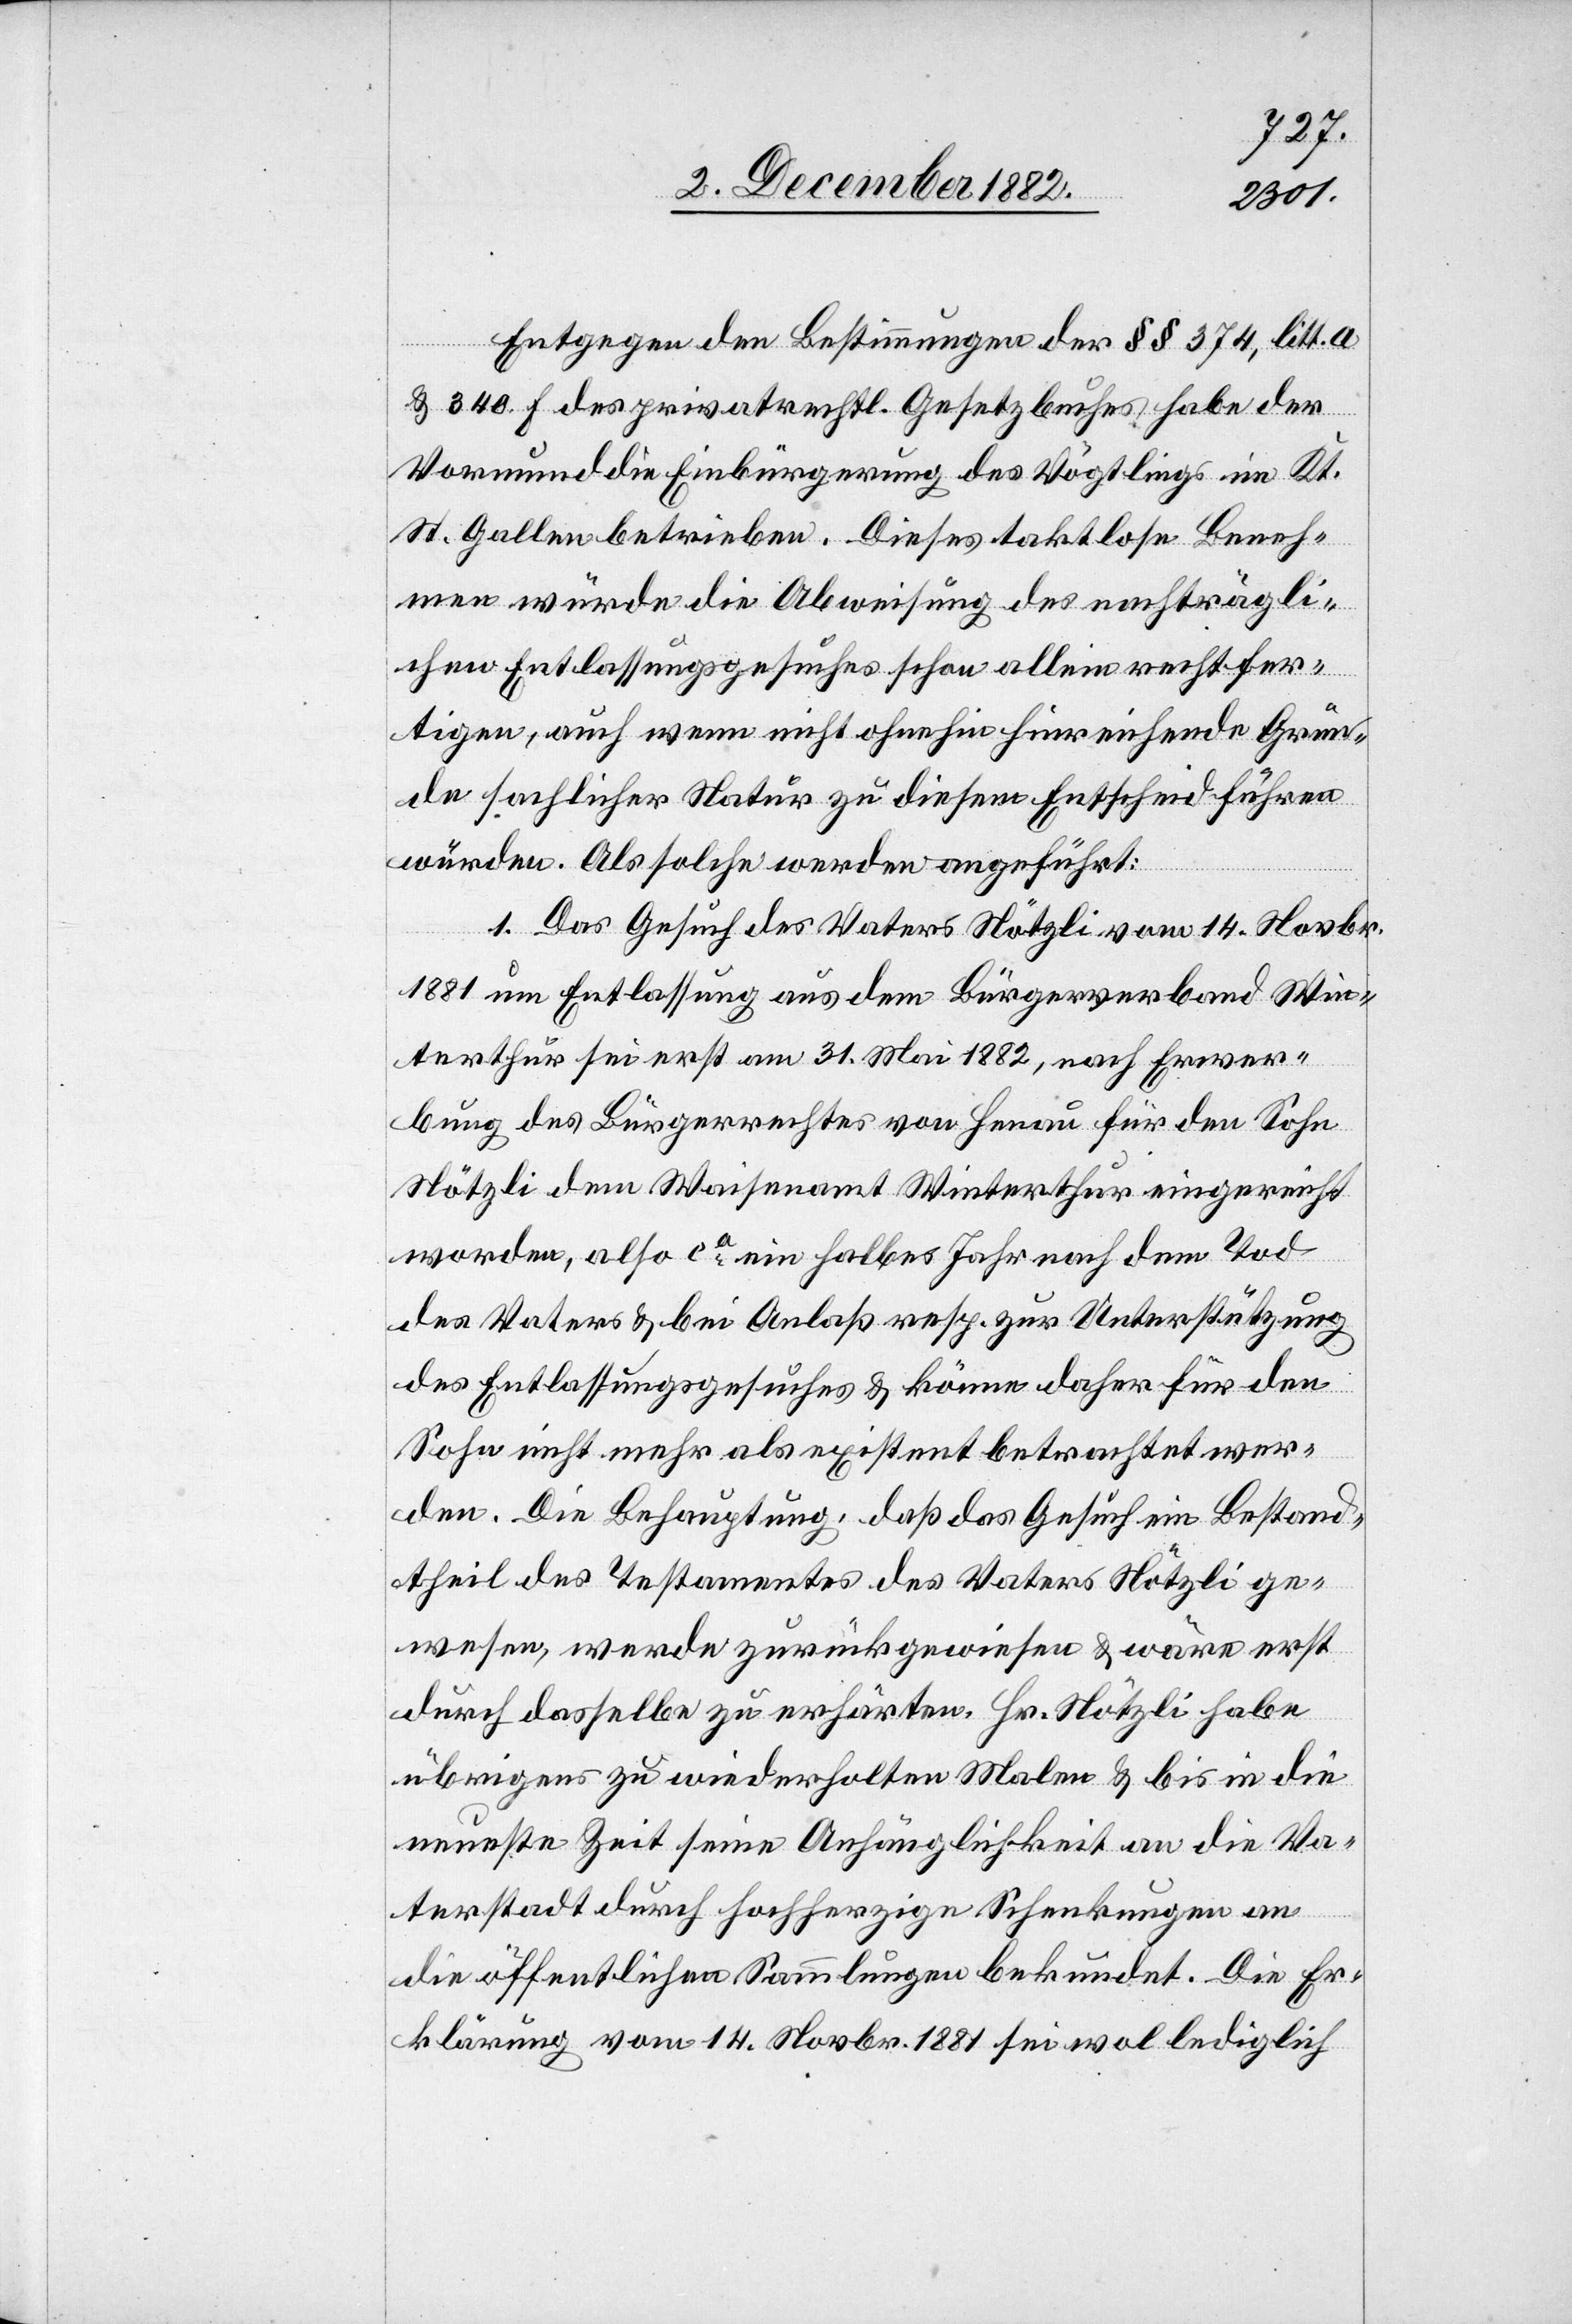
Entgegen den Bestimmungen der §§ 374, litt. a
& 340. f des privatrechtl. Gesetzbuches habe der
Vormund die Einbürgerung des Vögtlings im Kt.
St. Gallen betrieben. Dieses taktlose Beneh¬
men würde die Abweisung des nachträgli¬
chen Entlassungsgesuches schon allein rechtfer¬
tigen, auch wenn nicht ohnehin hinreichende Grün¬
de sachlicher Natur zu diesem Entscheid führen
würden. Als solche werden angeführt:
1. Das Gesuch des Vaters Nötzli vom 14. Novbr.
1881 um Entlassung aus dem Bürgerverband Win¬
terthur sei erst am 31. Mai 1882, nach Erwer¬
bung des Bürgerrechtes von Henau für den Sohn
Nötzli dem Waisenamt Winterthur eingereicht
worden, also ca ein halbes Jahr nach dem Tod
des Vaters & bei Anlaß resp. zur Unterstützung
des Entlassungsgesuches & könne daher für den
Sohn nicht mehr als existent betrachtet wer¬
den. Die Behauptung, daß das Gesuch ein Bestand¬
theil des Testamentes des Vaters Nötzli ge¬
wesen, werde zurückgewiesen & wäre erst
durch dasselbe zu erhärten. Hr. Nötzli habe
übrigens zu wiederholten Malen & bis in die
neueste Zeit seine Anhänglichkeit an die Va¬
terstadt durch hochherzige Schenkungen an
die öffentlichen Sammlungen bekundet. Die Er¬
klärung vom 14. Novbr. 1881 sei wol lediglich